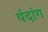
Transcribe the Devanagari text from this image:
यंदांग